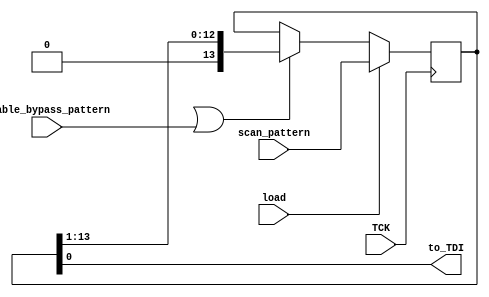
module TDI_Generator (to_TDI, scan_pattern,  load, enable_bypass_pattern, TCK);
  parameter 			BSC_Reg_size = 14;
  output				to_TDI;
  input 	[BSC_Reg_size -1: 0]	scan_pattern;
  input				load, enable_bypass_pattern, TCK;
  reg	[BSC_Reg_size -1: 0]	TDI_Reg;
  wire				enableTDO = t_ASIC_with_TAP.M0.enableTDO;
  assign to_TDI = TDI_Reg [0];

  always @ (posedge TCK) if (load) TDI_Reg <= scan_pattern;
    else if (enableTDO || enable_bypass_pattern) 
      TDI_Reg <= TDI_Reg >> 1;

endmodule